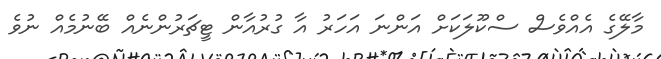
މާލޭގެ އެއްވެސް ސްކޫލަކަށް އަންނަ އަހަރު އާ ގުރުއާން ޓީޗަރުންނެއް ބޭނުމެއް ނުވެ